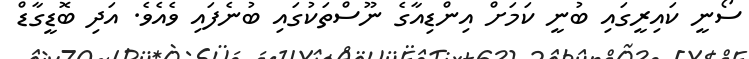
ސޯނީ ކައިރީގައި ބުނީ ކަމަށް އިންޑިއާގެ ނޫސްތަކުގައި ބުނެފައި ވެއެވެ. އަދި ބޮޑީގާޑް